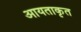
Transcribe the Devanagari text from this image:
आयताकृत